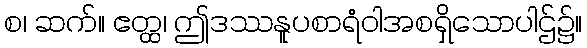
စ၊ ဆက်။ ဧတ္ထ၊ ဤဒဿနူပစာရံဝါအစရှိသောပါဌ်၌။